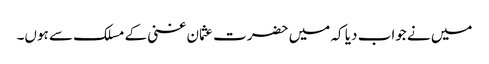
میں نے جواب دیا کہ میں حضرت عثمان غنی کے مسلک سے ہوں۔